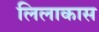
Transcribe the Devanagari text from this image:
लिलाकास